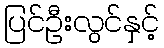
ပြင်ဦးလွင်နှင့်